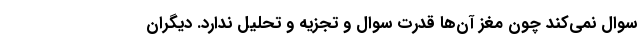
سوال نمی‌کند چون مغز آن‌ها قدرت سوال و تجزیه و تحلیل ندارد. دیگران